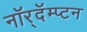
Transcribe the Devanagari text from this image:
नॉर्‌दॅम्प्टन